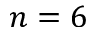
n = 6